Scottish Leaving Certificate Examination, 1958
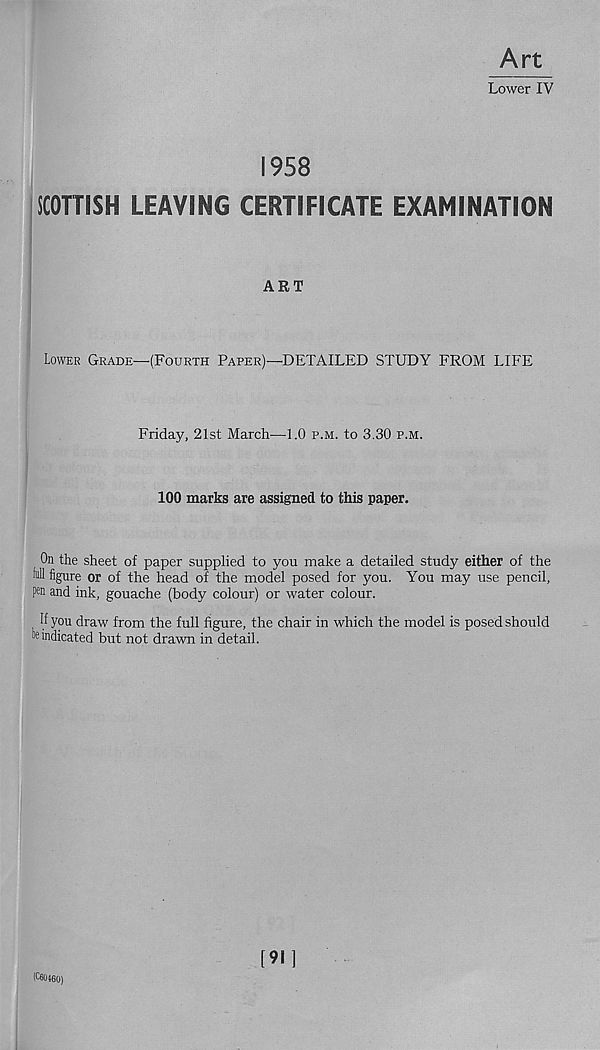
Art
Lower IV
1958
SCOTTISH LEAVING CERTIFICATE EXAMINATION
ART
Lower Grade—(Fourth Paper)—DETAILED STUDY FROM LIFE
Friday, 21st March—1.0 p.m. to 3.30 p.m.
100 marks are assigned to this paper.
On the sheet of paper supplied to you make a detailed study either of the
figure or of the head of the model posed for you. You may use pencil,
pen and ink, gouache (body colour) or water colour.
If you draw from the full figure, the chair in which the model is posed should
le indicated but not drawn in detail.
[91]
(C60460)